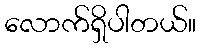
လောက်ရှိပါတယ်။